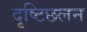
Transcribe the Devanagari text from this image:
दृष्टिछलन